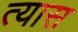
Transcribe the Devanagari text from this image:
त्‍यास